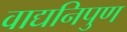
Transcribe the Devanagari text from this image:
वाद्यनिपुण